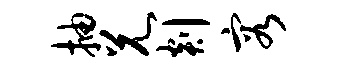
抽兄剡容